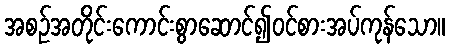
အစဉ်အတိုင်းကောင်းစွာဆောင်၍ဝင်စားအပ်ကုန်သော။